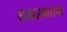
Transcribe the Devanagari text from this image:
राजदरबाराचा